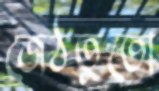
জেঠতুতো